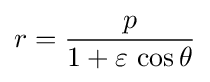
r={\frac {p}{1+\varepsilon \,\cos \theta }}